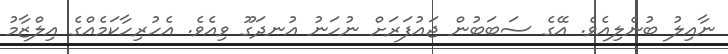
ނާއިލު ބުނެލިއެވެ. އޭގެ ސަބަބުން ޖައުފަރަށް ނުހަނު އުނދަގޫ ވިއެވެ. އެހުރިހާކަމެއްގެ އިލްޒާމު